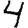
Digit: 4